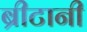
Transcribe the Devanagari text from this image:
ब्रीटानी